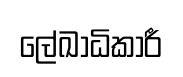
ලේඛාධිකාරී